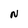
Character: N